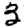
Digit: 3